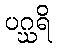
ပဂ္ဃရိ